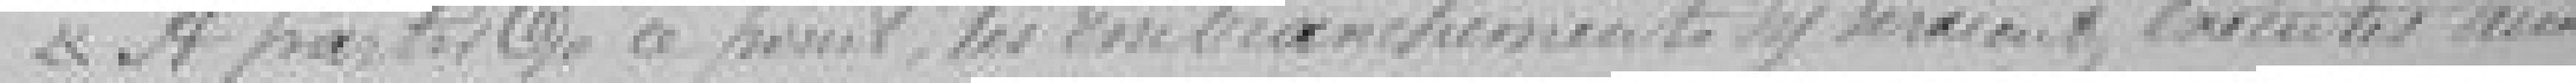
A partir de ce point les embranchements y seraient exécutés aux